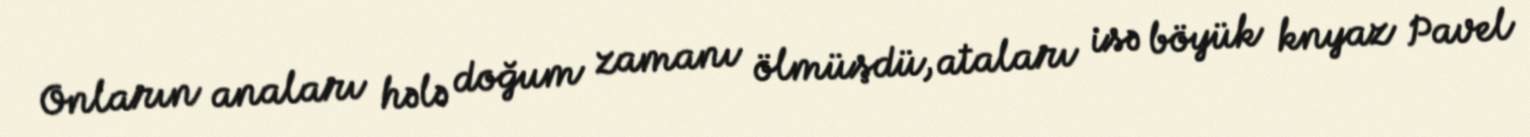
Onların anaları hələ doğum zamanı ölmüşdü, ataları isə böyük knyaz Pavel